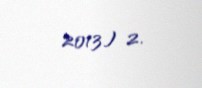
2013) 2.